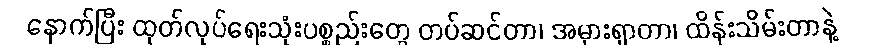
နောက်ပြီး ထုတ်လုပ်ရေးသုံးပစ္စည်းတွေ တပ်ဆင်တာ၊ အမှားရှာတာ၊ ထိန်းသိမ်းတာနဲ့